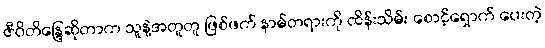
ဇီဝိတိန္ဒြေဆိုတာက သူနဲ့အတူတူ ဖြစ်ဖက် နာမ်တရားကို ထိန်းသိမ်း စောင့်ရှောက် ပေးတဲ့